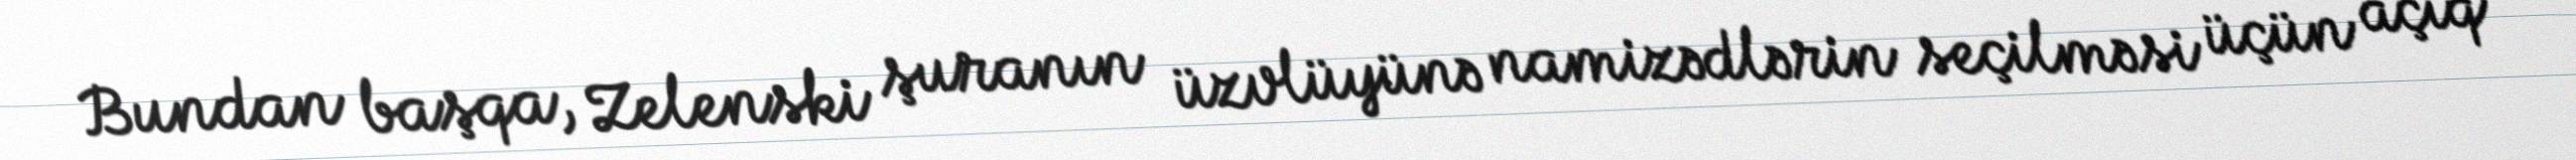
Bundan başqa, Zelenski şuranın üzvlüyünə namizədlərin seçilməsi üçün açıq